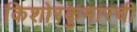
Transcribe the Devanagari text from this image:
किशोरकुमारची